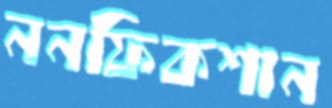
ননফিকশান